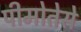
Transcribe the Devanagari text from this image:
पीमोतेसे